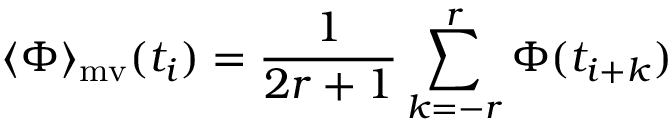
\ensuremath { \langle \Phi \rangle } _ { \mathrm { m v } } ( t _ { i } ) = \frac { 1 } { 2 r + 1 } \sum _ { k = - r } ^ { r } \Phi ( t _ { i + k } )